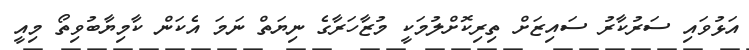
އަޅުވައި ސަރުކާރު ސައިޒަށް ތިރިކޮށްލުމަކީ މުޒާހަރާގެ ނިޔަތް ނަމަ އެކަން ކާމިޔާބުވިތޯ މިއީ